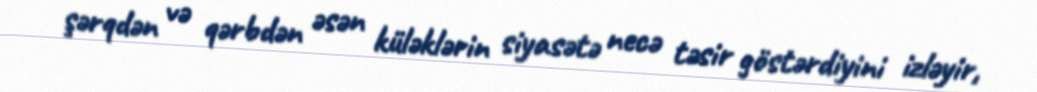
şərqdən və qərbdən əsən küləklərin siyasətə necə təsir göstərdiyini izləyir,